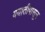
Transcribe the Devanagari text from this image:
ययातीपासून